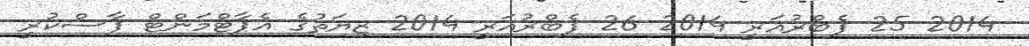
2014 25 ފެބްރުއަރީ 2014 26 ފެބްރުއަރީ 2014 ޒިޔަތުގެ އެޕާޓްމަންޓް ފާސްކުރީ